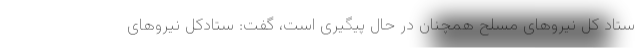
ستاد کل نیروهای مسلح همچنان در حال پیگیری است، گفت: ستادکل نیروهای